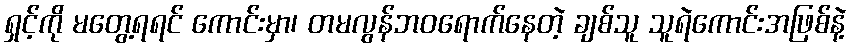
ရှင့်ကို မတွေ့ရရင် ကောင်းမှာ၊ တမလွန်ဘဝရောက်နေတဲ့ ချစ်သူ သူရဲကောင်းအဖြစ်နဲ့